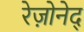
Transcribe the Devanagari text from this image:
रेज़ोनेद्